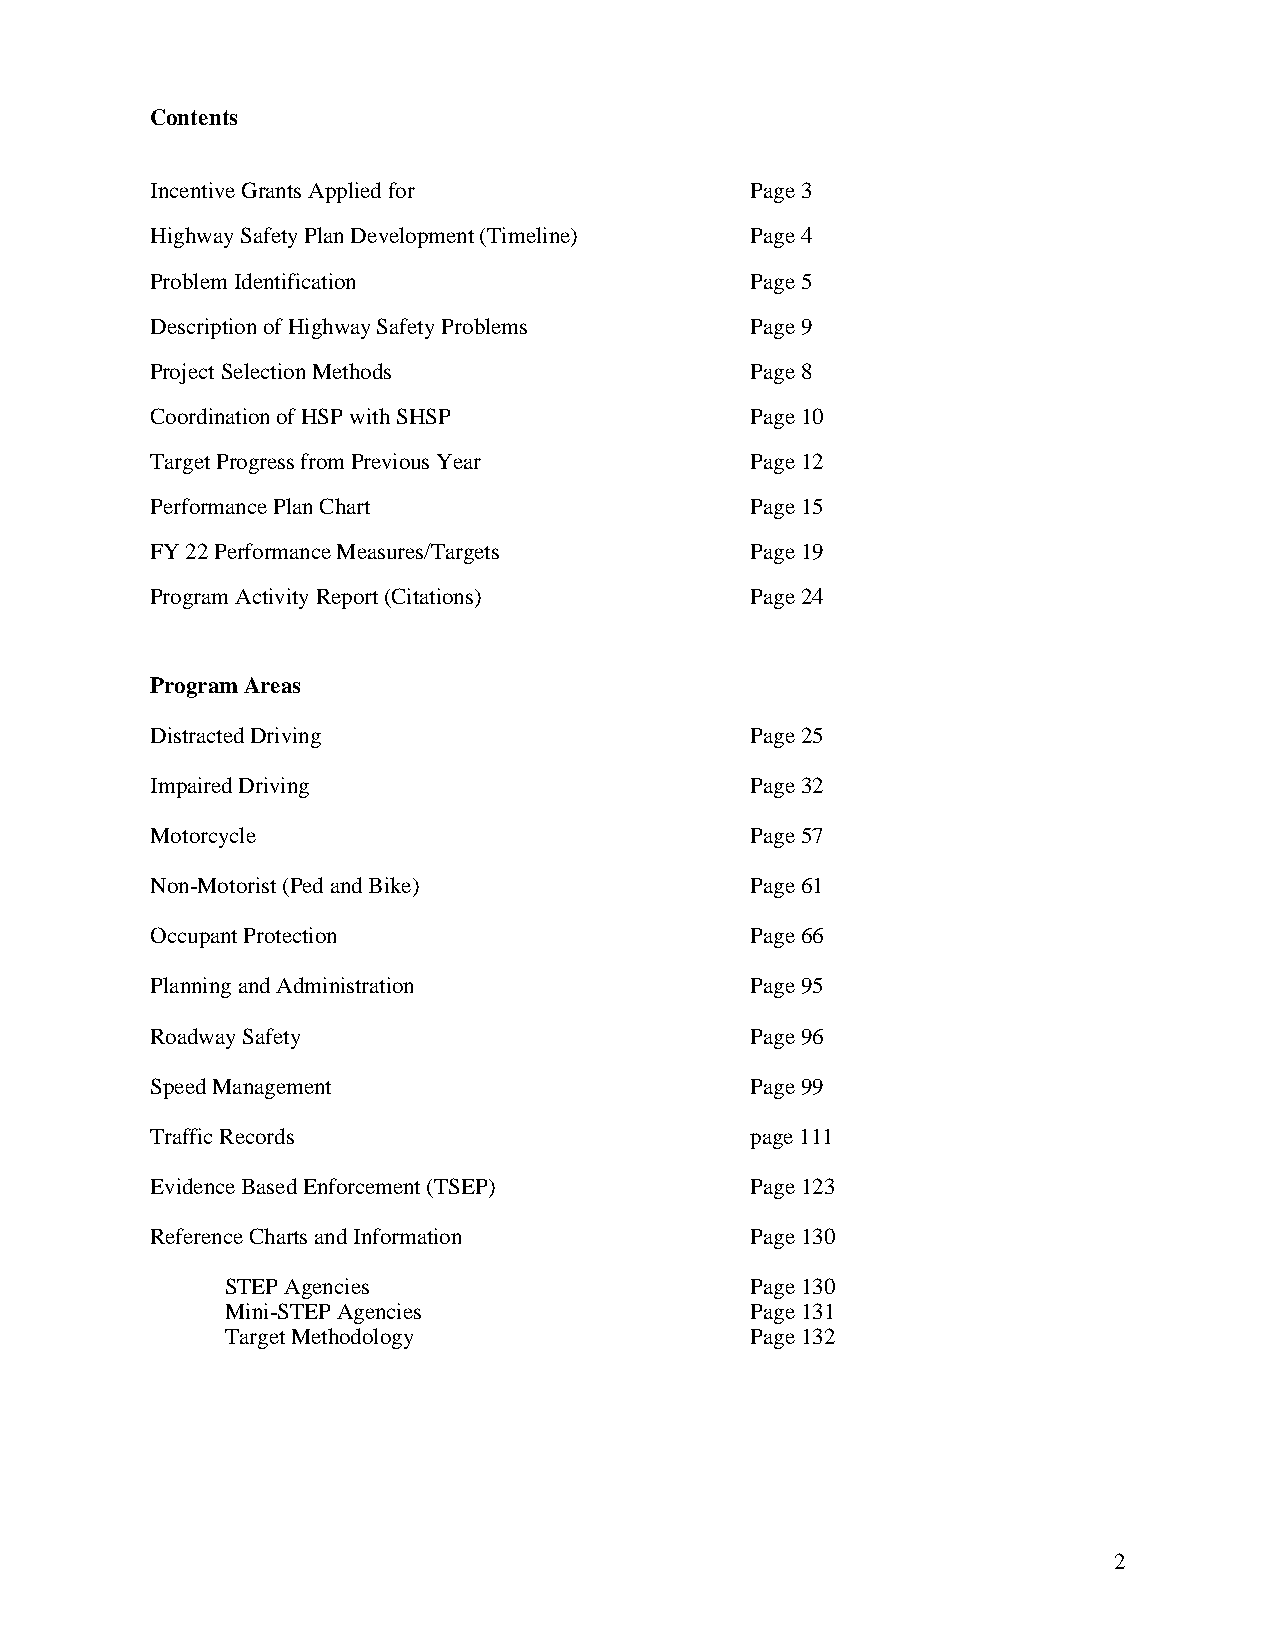
Contents
 Incentive Grants Applied for            Page 3
 Highway Safety Plan Development (Timeline) Page 4
 Problem Identification                  Page 5
 Description of Highway Safety Problems  Page 9
 Project Selection Methods               Page 8
 Coordination of HSP with SHSP           Page 10
 Target Progress from Previous Year      Page 12
 Performance Plan Chart                  Page 15
 FY 22 Performance Measures/Targets      Page 19
 Program Activity Report (Citations)     Page 24
 Program Areas
 Distracted Driving                      Page 25
 Impaired Driving                        Page 32
 Motorcycle                              Page 57
 Non-Motorist (Ped and Bike)             Page 61
 Occupant Protection                     Page 66
 Planning and Administration             Page 95
 Roadway Safety                          Page 96
 Speed Management                        Page 99
 Traffic Records                         page 111
 Evidence Based Enforcement (TSEP)       Page 123
 Reference Charts and Information        Page 130
 STEP Agencies                      Page 130
 Mini-STEP Agencies                 Page 131
 Target Methodology                 Page 132
 2